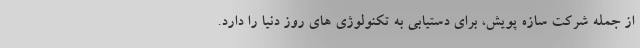
از جمله شرکت سازه پویش، برای دستیابی به تکنولوژی های روز دنیا را دارد.